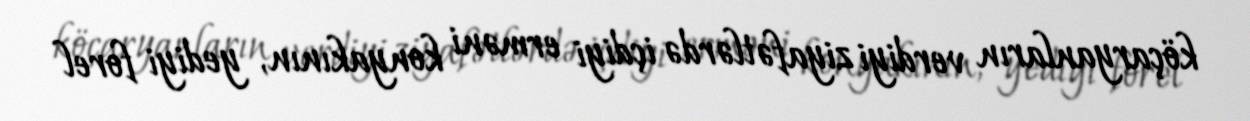
köçaryanların verdiyi ziyafətlərdə içdiyi erməni konyakının, yediyi forel